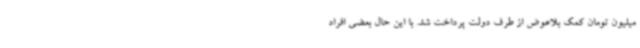
میلیون تومان کمک بلاعوض از طرف دولت پرداخت شد. با این حال بعضی افراد